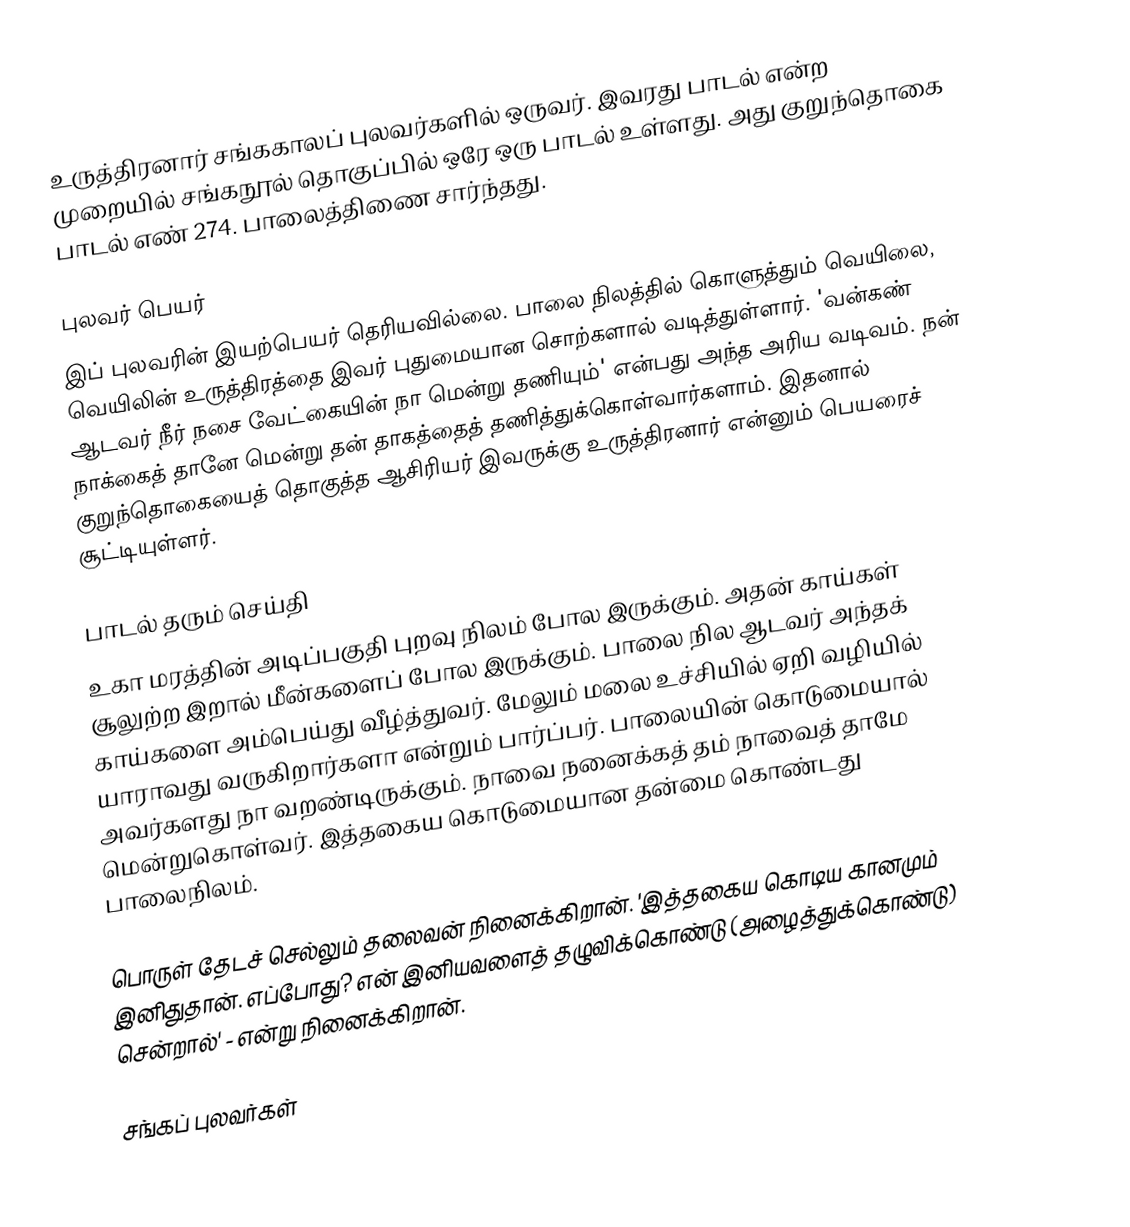
உருத்திரனார் சங்ககாலப் புலவர்களில் ஒருவர். இவரது பாடல் என்ற முறையில் சங்கநூல் தொகுப்பில் ஒரே ஒரு பாடல் உள்ளது. அது குறுந்தொகை பாடல் எண் 274. பாலைத்திணை சார்ந்தது.

புலவர் பெயர்
இப் புலவரின் இயற்பெயர் தெரியவில்லை. பாலை நிலத்தில் கொளுத்தும் வெயிலை, வெயிலின் உருத்திரத்தை இவர் புதுமையான சொற்களால் வடித்துள்ளார். 'வன்கண் ஆடவர் நீர் நசை வேட்கையின் நா மென்று தணியும்' என்பது அந்த அரிய வடிவம். நன் நாக்கைத் தானே மென்று தன் தாகத்தைத் தணித்துக்கொள்வார்களாம். இதனால் குறுந்தொகையைத் தொகுத்த ஆசிரியர் இவருக்கு உருத்திரனார் என்னும் பெயரைச் சூட்டியுள்ளர்.

பாடல் தரும் செய்தி
உகா மரத்தின் அடிப்பகுதி புறவு நிலம் போல இருக்கும். அதன் காய்கள் சூலுற்ற இறால் மீன்களைப் போல இருக்கும். பாலை நில ஆடவர் அந்தக் காய்களை அம்பெய்து வீழ்த்துவர். மேலும் மலை உச்சியில் ஏறி வழியில் யாராவது வருகிறார்களா என்றும் பார்ப்பர். பாலையின் கொடுமையால் அவர்களது நா வறண்டிருக்கும். நாவை நனைக்கத் தம் நாவைத் தாமே மென்றுகொள்வர். இத்தகைய கொடுமையான தன்மை கொண்டது பாலைநிலம்.

பொருள் தேடச் செல்லும் தலைவன் நினைக்கிறான். 'இத்தகைய கொடிய கானமும் இனிதுதான். எப்போது? என் இனியவளைத் தழுவிக்கொண்டு (அழைத்துக்கொண்டு) சென்றால்' - என்று நினைக்கிறான்.

சங்கப் புலவர்கள்